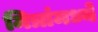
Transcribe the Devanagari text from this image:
मित्रांमध्ये